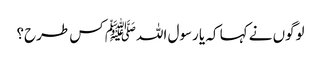
لوگوں نے کہا کہ یا رسول اللہﷺ کس طرح؟